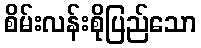
စိမ်းလန်းစိုပြည်သော